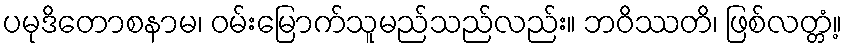
ပမုဒိတောစနာမ၊ ဝမ်းမြောက်သူမည်သည်လည်း။ ဘဝိဿတိ၊ ဖြစ်လတ္တံ့။